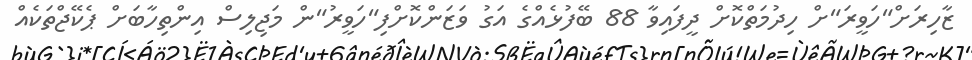
ޒާހިރަށް"ހަވީރަ"ށް ހިދުމަތްކޮށް ދީފައިވާ 88 ބޭފުޅެއްގެ އަގު ވަޒަންކޮށްފި"ހަވީރު"ން މަޖިލިސް އިންތިހާބަށް ޕެކޭޖްތަކެއް